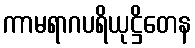
ကာမရာဂပရိယုဋ္ဌိတေန